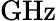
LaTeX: \mathrm{{GHz}}